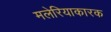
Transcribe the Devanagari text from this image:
मलेरियाकारक